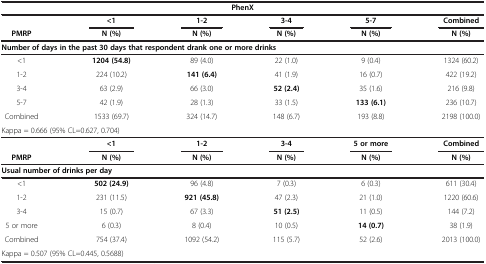
| <COLSPAN=6> PhenX |
 |  | <1 | 1-2 | 3-4 | 5-7 | Combined |
 | PMRP | N (%) | N (%) | N (%) | N (%) | N (%) |
 | --- | --- | --- | --- | --- | --- |
 | <COLSPAN=6> Number of days in the past 30 days that respondent drank one or more drinks |
 | <1 | 1204 (54.8) | 89 (4.0) | 22 (1.0) | 9 (0.4) | 1324 (60.2) |
 | 1-2 | 224 (10.2) | 141 (6.4) | 41 (1.9) | 16 (0.7) | 422 (19.2) |
 | 3-4 | 63 (2.9) | 66 (3.0) | 52 (2.4) | 35 (1.6) | 216 (9.8) |
 | 5-7 | 42 (1.9) | 28 (1.3) | 33 (1.5) | 133 (6.1) | 236 (10.7) |
 | Combined | 1533 (69.7) | 324 (14.7) | 148 (6.7) | 193 (8.8) | 2198 (100.0) |
 | <COLSPAN=6> Kappa = 0.666 (95% CL=0.627, 0.704) |
 |  | <1 | 1-2 | 3-4 | 5 or more | Combined |
 | PMRP | N (%) | N (%) | N (%) | N (%) | N (%) |
 | <COLSPAN=6> Usual number of drinks per day |
 | <1 | 502 (24.9) | 96 (4.8) | 7 (0.3) | 6 (0.3) | 611 (30.4) |
 | 1-2 | 231 (11.5) | 921 (45.8) | 47 (2.3) | 21 (1.0) | 1220 (60.6) |
 | 3-4 | 15 (0.7) | 67 (3.3) | 51 (2.5) | 11 (0.5) | 144 (7.2) |
 | 5 or more | 6 (0.3) | 8 (0.4) | 10 (0.5) | 14 (0.7) | 38 (1.9) |
 | Combined | 754 (37.4) | 1092 (54.2) | 115 (5.7) | 52 (2.6) | 2013 (100.0) |
 | <COLSPAN=6> Kappa = 0.507 (95% CL=0.445, 0.5688) |